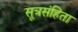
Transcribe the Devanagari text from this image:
सूत्रसंहिता